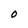
Character: O